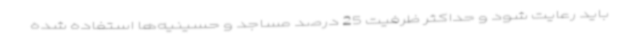
باید رعایت شود و حداکثر ظرفیت 25 درصد مساجد و حسینیه‌ها استفاده شده